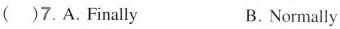
( )7. A. Finally B. Normally